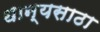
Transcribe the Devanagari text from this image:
धान्यसाठा